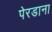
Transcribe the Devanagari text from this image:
पेरडाना